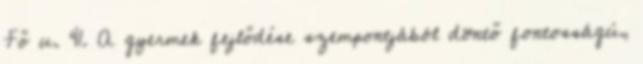
Fő u. 41. A gyermek fejlődése szempontjából döntő fontosságú,